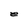
Character: e